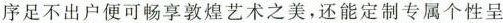
序足不出户便可畅享敦煌艺术之美，还能定制专属个性呈